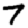
Digit: 7